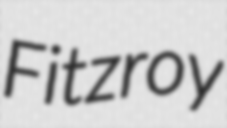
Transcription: Fitzroy